Indian journal of veterinary science and animal husbandry - Volume 7,
Year: 1937
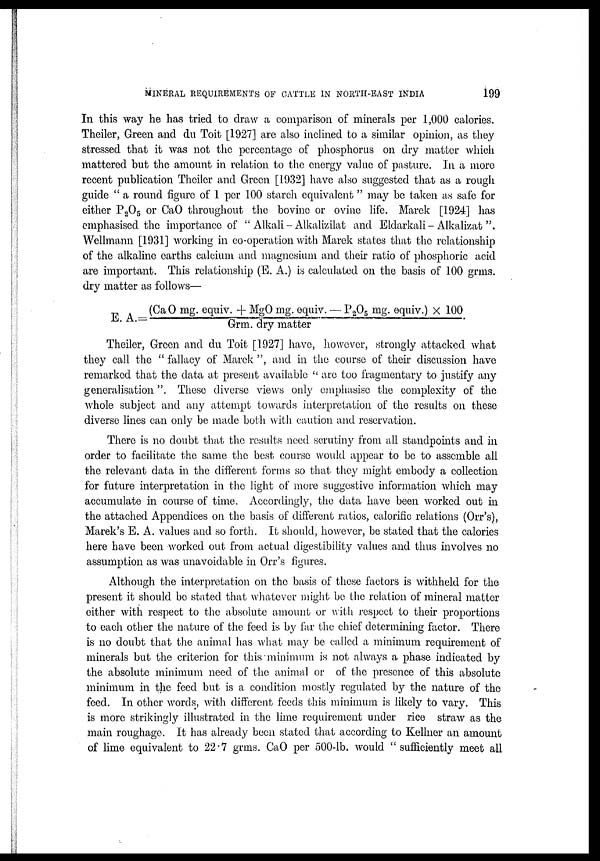
MINERAL REQUIREMENTS OF CATTLE IN NORTH-EAST INDIA
199
In this way he has tried to draw a comparison of minerals per 1,000 calories.
Theiler, Green and du Toit [1927] are also inclined to a similar opinion, as they
stressed that it was not the percentage of phosphorus on dry matter which
mattered but the amount in relation to the energy value of pasture. In a more
recent publication Theiler and Green [1932] have also suggested that as a rough
guide " a round figure of 1 per 100 starch equivalent " may be taken as safe for
either P 2 O 5 or CaO throughout the bovine or ovine life. Marek [1924] has
emphasised the importance of " Alkali — Alkalizilat and Eldarkali— Alkalizat ".
Wellmann [1931] working in co-operation with Marek states that the relationship
of the alkaline earths calcium and magnesium and their ratio of phosphoric acid
are important. This relationship (E. A.) is calculated on the basis of 100 grms.
dry matter as follows—
E.A.=(CaO
mg. equiv. + MgO mg. equiv.+. P 2 O 5 mg. equiv.) × 100/Grm. dry matter
Theiler, Green and du Toit [1927] have, however, strongly attacked what
they call the " fallacy of Marck ", and in the course of their discussion have
remarked that the data at present available " are too fragmentary to justify any
generalisation". These diverse views only emphasise the complexity of the
whole subject and any attempt towards interpretation of the results on these
diverse lines can only be made both with caution and reservation.
There is no doubt that the results need scrutiny from all standpoints and in
order to facilitate the same the best course would appear to be to assemble all
the relevant data in the different forms so that they might embody a collection
for future interpretation in the light of more suggestive information which may
accumulate in course of time. Accordingly, the data have been worked out in
the attached Appendices on the basis of different ratios, calorific relations (Orr's),
Marek's E. A. values and so forth. It should, however, be stated that the calories
here have been worked out from actual digestibility values and thus involves no
assumption as was unavoidable in Orr's figures.
Although the interpretation on the basis of these factors is withheld for the
present it should be stated that whatever might be the relation of mineral matter
either with respect to the absolute amount or with respect to their proportions
to each other the nature of the feed is by far the chief determining factor. There
is no doubt that the animal has what may be called a minimum requirement of
minerals but the criterion for this minimum is not always a phase indicated by
the absolute minimum need of the animal or of the presence of this absolute
minimum in the feed but is a condition mostly regulated by the nature of the
feed. In other words, with different feeds this minimum is likely to vary. This
is more strikingly illustrated in the lime requirement under rice straw as the
main roughage. It has already been stated that according to Kellner an amount
of lime equivalent to 22.7 grms. CaO per 500-lb. would "sufficiently meet all